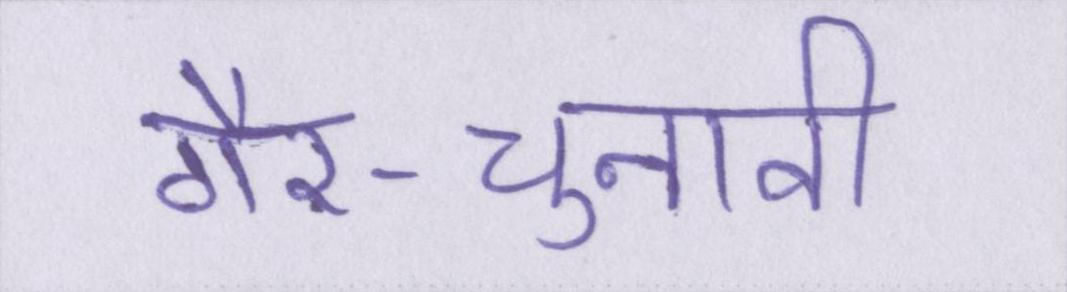
गैर-चुनावी